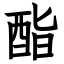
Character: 酯